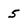
Character: 5